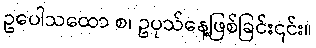
ဥပေါသထော စ၊ ဥပုသ်နေ့ဖြစ်ခြင်း၎င်း။